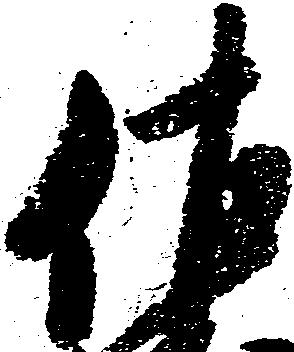
佐